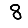
Digit: 8